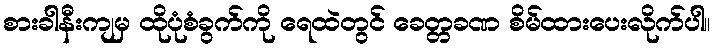
စားခါနီးကျမှ ထိုပုံစံခွက်ကို ရေထဲတွင် ခေတ္တခဏ စိမ်ထားပေးလိုက်ပါ။